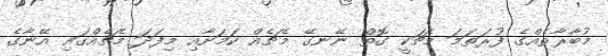
މުބާރާތެއްގެ ފުރަތަމަ މެޗަކީ ގޮތް ނޭނގޭ މެޗެއް ކަމަށާއި މިފަދަ މެޗެއްގައި އޭނާގެ